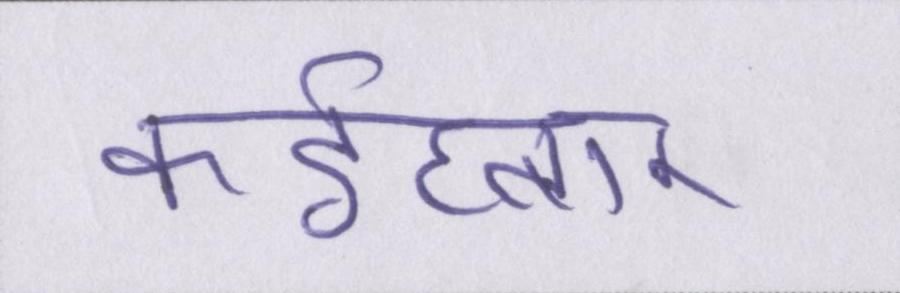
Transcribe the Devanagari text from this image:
कईघ्बार